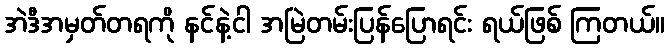
အဲဒီအမှတ်တရကို နင်နဲ့ငါ အမြဲတမ်းပြန်ပြောရင်း ရယ်ဖြစ် ကြတယ်။